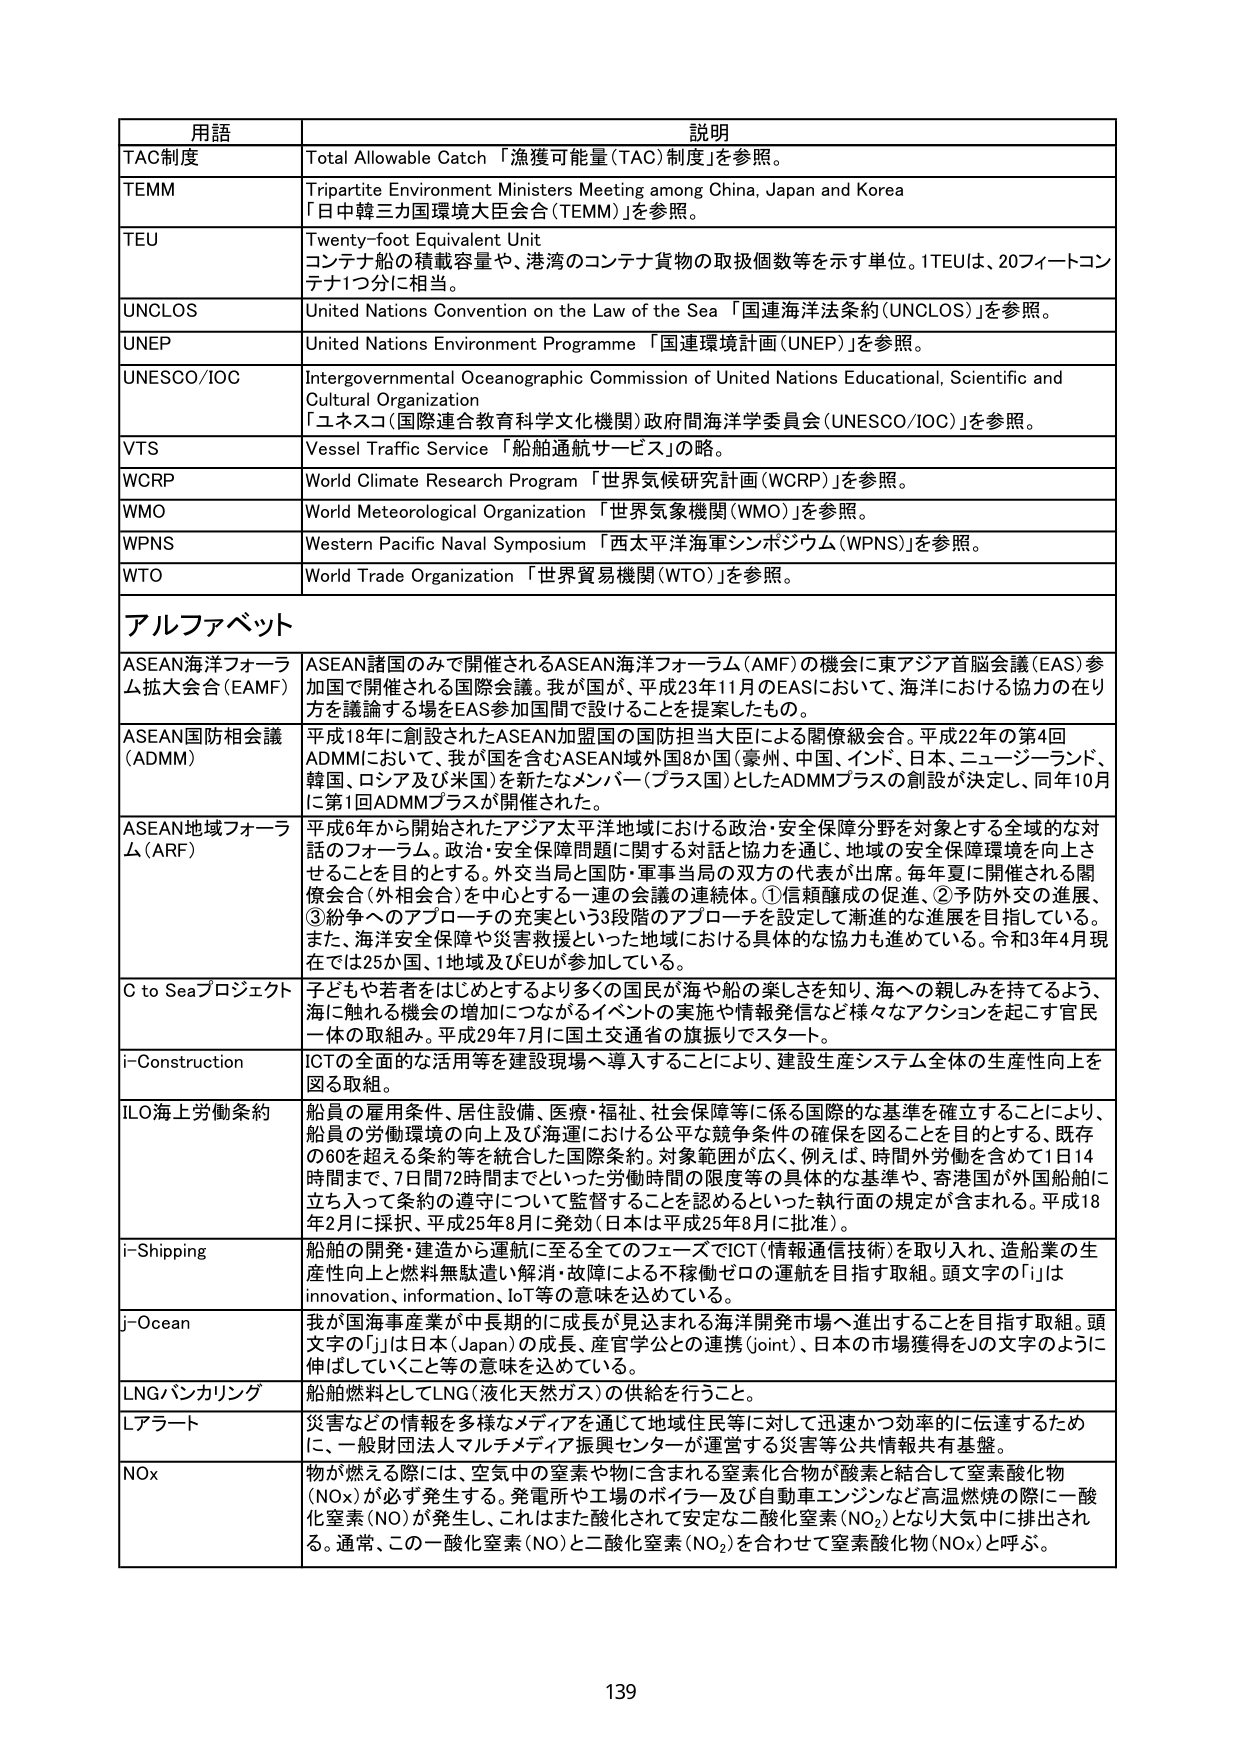
用語 説明
TAC制度 Total Allowable Catch 「漁獲可能量（TAC）制度」を参照。
TEMM Tripartite Environment Ministers Meeting among China, Japan and Korea
「日中韓三カ国環境大臣会合（TEMM）」を参照。
TEU Twenty-foot Equivalent Unit
コンテナ船の積載容量や、港湾のコンテナ貨物の取扱個数等を示す単位。1TEUは、20フィートコン
テナ1つ分に相当。
UNCLOS United Nations Convention on the Law of the Sea 「国連海洋法条約（UNCLOS）」を参照。
UNEP United Nations Environment Programme 「国連環境計画（UNEP）」を参照。
UNESCO/IOC Intergovernmental Oceanographic Commission of United Nations Educational, Scientific and
Cultural Organization
「ユネスコ（国際連合教育科学文化機関）政府間海洋学委員会（UNESCO/IOC）」を参照。
VTS Vessel Traffic Service 「船舶通航サービス」の略。
WCRP World Climate Research Program 「世界気候研究計画（WCRP）」を参照。
WMO World Meteorological Organization 「世界気象機関（WMO）」を参照。
WPNS Western Pacific Naval Symposium 「西太平洋海軍シンポジウム（WPNS）」を参照。
WTO World Trade Organization 「世界貿易機関（WTO）」を参照。
アルファベット
ASEAN海洋フォーラム拡大会合（EAMF） ASEAN諸国のみで開催されるASEAN海洋フォーラム（AMF）の機会に東アジア首脳会議（EAS）参
加国で開催される国際会議。我が国が、平成23年11月のEASにおいて、海洋における協力の在り
方を議論する場をEAS参加国間で設けることを提案したもの。
ASEAN国防相会議（ADMM） 平成18年に創設されたASEAN加盟国の国防担当大臣による閣僚級会合。平成22年の第4回
ADMMにおいて、我が国を含むASEAN域外国8か国（豪州、中国、インド、日本、ニュージーランド、
韓国、ロシア及び米国）を新たなメンバー（プラス国）としたADMMプラスの創設が決定し、同年10月
に第1回ADMMプラスが開催された。
ASEAN地域フォーラム（ARF） 平成6年から開始されたアジア太平洋地域における政治・安全保障分野を対象とする全域的な対
話のフォーラム。政治・安全保障問題に関する対話と協力を通じ、地域の安全保障環境を向上さ
せることを目的とする。外交当局と国防・軍事当局の双方の代表が出席。毎年夏に開催される閣
僚会合（外相会合）を中心とする一連の会議の連続体。①信頼醸成の促進、②予防外交の進展、
③紛争へのアプローチの充実という3段階のアプローチを設定して漸進的な進展を目指している。
また、海洋安全保障や災害救援といった地域における具体的な協力も進めている。令和3年4月現
在では25か国、1地域及びEUが参加している。
C to Seaプロジェクト 子どもや若者をはじめとするより多くの国民が海や船の楽しさを知り、海への親しみを持てるよう、
海に触れる機会の増加につながるイベントの実施や情報発信など様々なアクションを起こす官民
一体の取組み。平成29年7月に国土交通省の旗振りでスタート。
i-Construction ICTの全面的な活用等を建設現場へ導入することにより、建設生産システム全体の生産性向上を
図る取組。
ILO海上労働条約 船員の雇用条件、居住設備、医療・福祉、社会保障等に係る国際的な基準を確立することにより、
船員の労働環境の向上及び海運における公平な競争条件の確保を図ることを目的とする、既存
の60を超える条約等を統合した国際条約。対象範囲が広く、例えば、時間外労働を含めて1日14
時間まで、7日間72時間までといった労働時間の限度等の具体的な基準や、寄港国が外国船舶に
立ち入って条約の遵守について監督することを認めるといった執行面の規定が含まれる。平成18
年2月に採択、平成25年8月に発効（日本は平成25年8月に批准）。
i-Shipping 船舶の開発・建造から運航に至る全てのフェーズでICT（情報通信技術）を取り入れ、造船業の生
産性向上と燃料無駄遣い解消・故障による不稼働ゼロの運航を目指す取組。頭文字の「i」は
innovation、information、IoT等の意味を込めている。
j-Ocean 我が国海事産業が中長期的に成長が見込まれる海洋開発市場へ進出することを目指す取組。頭
文字の「j」は日本（Japan）の成長、産官学公との連携（joint）、日本の市場獲得をJの文字のように
伸ばしていくこと等の意味を込めている。
LNGバンカリング 船舶燃料としてLNG（液化天然ガス）の供給を行うこと。
Lアラート 災害などの情報を多様なメディアを通じて地域住民等に対して迅速かつ効率的に伝達するため
に、一般財団法人マルチメディア振興センターが運営する災害等公共情報共有基盤。
NOx 物が燃える際には、空気中の窒素や物に含まれる窒素化合物が酸素と結合して窒素酸化物
（NOx）が必ず発生する。発電所や工場のボイラー及び自動車エンジンなど高温燃焼の際に一酸
化窒素（NO）が発生し、これはまた酸化されて安定な二酸化窒素（NO₂）となり大気中に排出され
る。通常、この一酸化窒素（NO）と二酸化窒素（NO₂）を合わせて窒素酸化物（NOx）と呼ぶ。
139